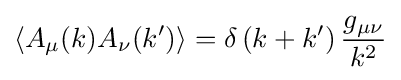
\left\langle A_{\mu }(k)A_{\nu }(k')\right\rangle =\delta \left(k+k'\right){\frac {g_{\mu \nu }}{k^{2}}}